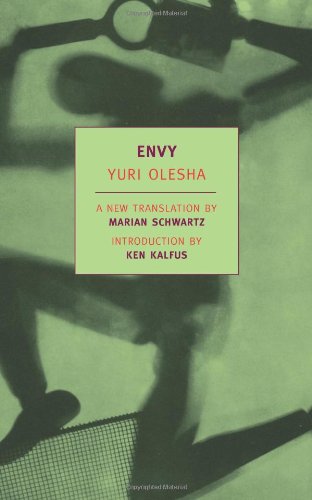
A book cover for Envy (New York Review Books Classics); Yuri Olesha; Literature & Fiction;